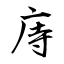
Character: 庤